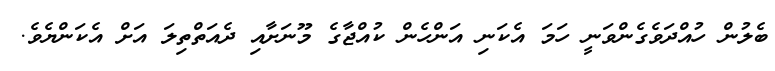
ބެލުން ހުއްދަވެގެންވަނީ ހަމަ އެކަނި އަންހެން ކުއްޖާގެ މޫނަށާއި ދެއަތްތިލަ އަށް އެކަންޔެވެ.